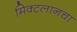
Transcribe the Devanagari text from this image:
मिक्टलानचा